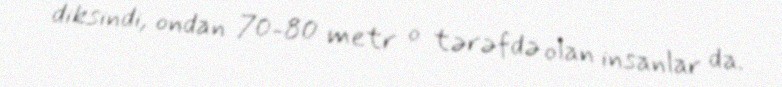
diksindi, ondan 70-80 metr o tərəfdə olan insanlar da.